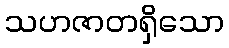
သဟဇာတရှိသော